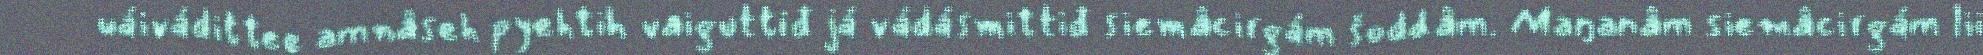
uáivádittee amnâseh pyehtih vaiguttiđ já vádásmittiđ siemâcirgám šoddâm. Maŋanâm siemâcirgám lii